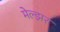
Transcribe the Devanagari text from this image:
मेल्झर